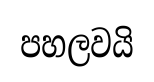
පහලවයි